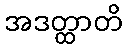
အဒတ္ထာတိ